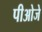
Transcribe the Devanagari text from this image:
पीओजे